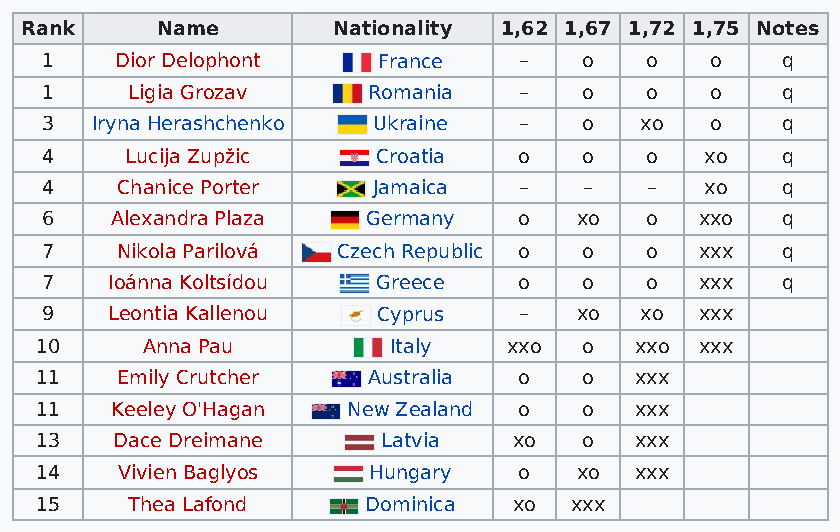
Rank     Name        Nationality 1,62 1,67 1,72 1,75 Notes
 1    Dior Delophont   France   –    o   o   o    q
 1    Ligia Grozav    Romania   –    o   o   o    q
 3  Iryna Herashchenko Ukraine  –    o  xo   o    q
 4    Lucija Zupžic    Croatia  o    o   o   xo   q
 4    Chanice Porter   Jamaica  –    –   –   xo   q
 6   Alexandra Plaza  Germany   o   xo   o  xxo   q
 7    Nikola Parilová Czech Republic o o o  xxx   q
 7   Ioánna Koltsídou  Greece   o    o   o  xxx   q
 9   Leontia Kallenou  Cyprus   –   xo  xo  xxx
 10     Anna Pau         Italy   xxo  o  xxo xxx
 11    Emily Crutcher  Australia o    o  xxx
 11   Keeley O'Hagan  New Zealand o   o  xxx
 13   Dace Dreimane     Latvia   xo   o  xxx
 14    Vivien Baglyos  Hungary   o   xo  xxx
 15     Thea Lafond    Dominica  xo  xxx